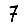
Digit: 7